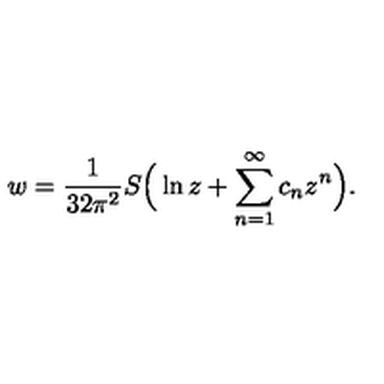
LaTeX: w = \frac { 1 } { 3 2 \pi ^ { 2 } } S \Big ( \ln z + \sum _ { n = 1 } ^ { \infty } c _ { n } z ^ { n } \Big ) .